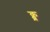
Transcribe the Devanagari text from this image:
क्ब्र